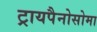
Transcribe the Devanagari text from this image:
ट्रायपैनोसोमा